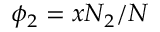
\phi _ { 2 } = x N _ { 2 } / N